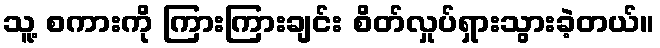
သူ့ စကားကို ကြားကြားချင်း စိတ်လှုပ်ရှားသွားခဲ့တယ်။